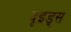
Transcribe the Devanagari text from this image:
दृइड्स